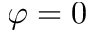
\varphi = 0